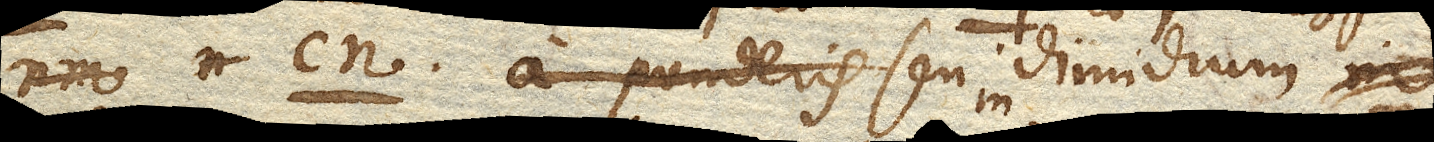
cn. a ponderis seu in dimidium